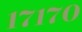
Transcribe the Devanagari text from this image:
१७१७०